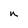
Character: n